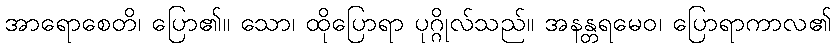
အာရောစေတိ၊ ပြော၏။ သော၊ ထိုပြောရာ ပုဂ္ဂိုလ်သည်။ အနန္တရမေဝ၊ ပြောရာကာလ၏